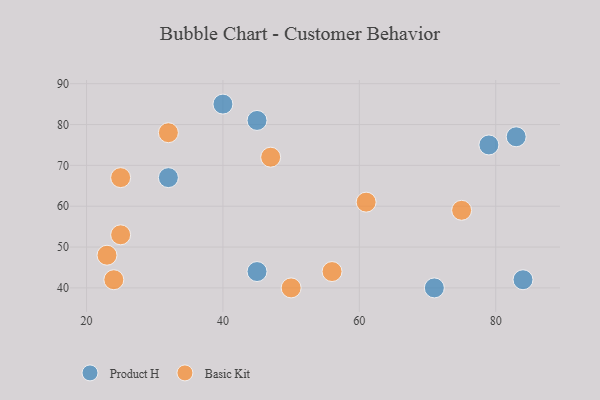
{"axis": {"x": "GDP", "y": "Life Expectancy"}, "legend": ["Basic Kit", "Product H"], "data": [{"x": "45", "y": 81, "type": "Product H"}, {"x": "32", "y": 67, "type": "Product H"}, {"x": "83", "y": 77, "type": "Product H"}, {"x": "84", "y": 42, "type": "Product H"}, {"x": "71", "y": 40, "type": "Product H"}, {"x": "45", "y": 44, "type": "Product H"}, {"x": "79", "y": 75, "type": "Product H"}, {"x": "40", "y": 85, "type": "Product H"}, {"x": "61", "y": 61, "type": "Basic Kit"}, {"x": "25", "y": 67, "type": "Basic Kit"}, {"x": "75", "y": 59, "type": "Basic Kit"}, {"x": "47", "y": 72, "type": "Basic Kit"}, {"x": "24", "y": 42, "type": "Basic Kit"}, {"x": "23", "y": 48, "type": "Basic Kit"}, {"x": "32", "y": 78, "type": "Basic Kit"}, {"x": "50", "y": 40, "type": "Basic Kit"}, {"x": "25", "y": 53, "type": "Basic Kit"}, {"x": "56", "y": 44, "type": "Basic Kit"}]}